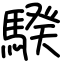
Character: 騤